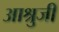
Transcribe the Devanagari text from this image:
आश्रुजी